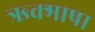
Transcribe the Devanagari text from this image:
ऋक्भाषा